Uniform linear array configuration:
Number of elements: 48
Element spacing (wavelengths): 1
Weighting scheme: binomial
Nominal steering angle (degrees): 30
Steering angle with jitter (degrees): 28.025
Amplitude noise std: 0.05
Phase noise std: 0.05

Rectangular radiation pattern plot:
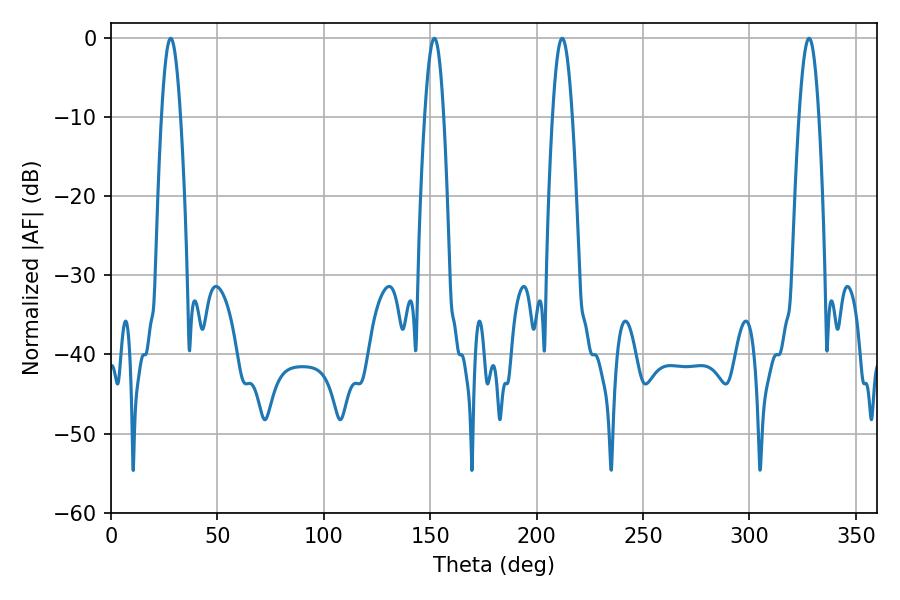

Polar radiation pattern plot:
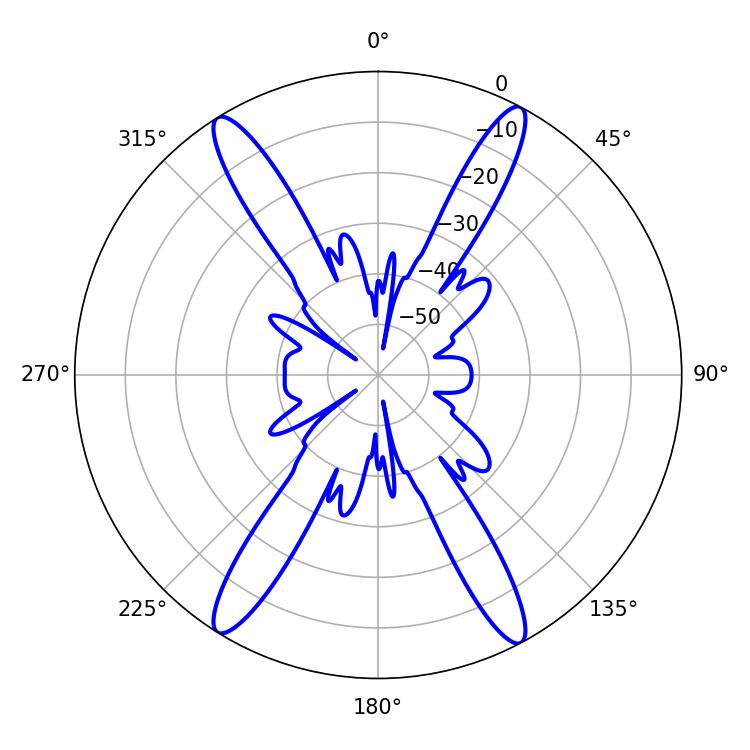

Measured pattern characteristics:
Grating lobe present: TRUE
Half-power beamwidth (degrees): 4.68
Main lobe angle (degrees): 28.08